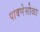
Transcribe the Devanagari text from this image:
पावणेसोळा